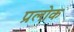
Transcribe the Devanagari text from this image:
प्रलोक